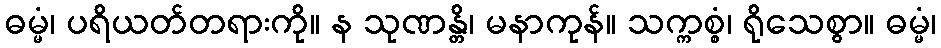
ဓမ္မံ၊ ပရိယတ်တရားကို။ န သုဏန္တိ၊ မနာကုန်။ သက္ကစ္စံ၊ ရိုသေစွာ။ ဓမ္မံ၊